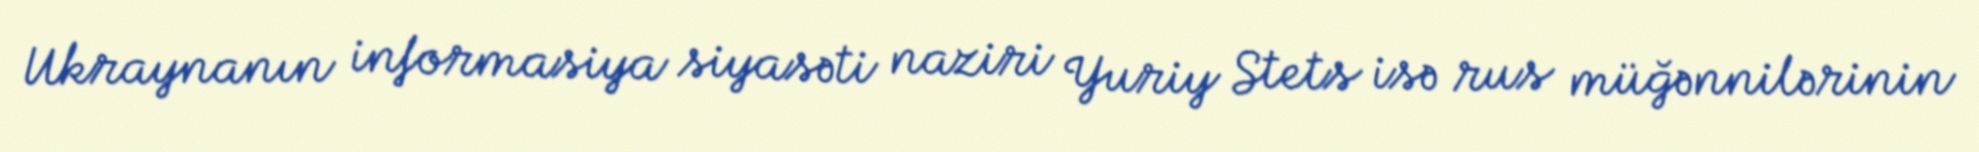
Ukraynanın informasiya siyasəti naziri Yuriy Stets isə rus müğənnilərinin